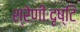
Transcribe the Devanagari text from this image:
श्रेणीःदृष्टि